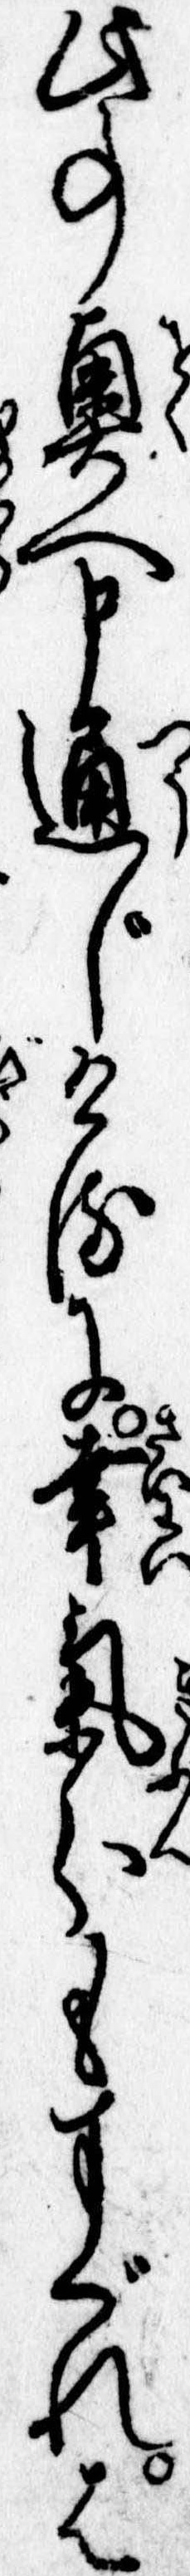
此事奥へ申通じけるに幸気分もすぐれは